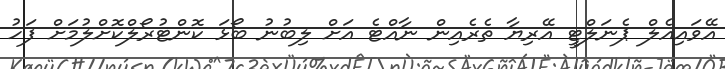
އޭވައިއެލް ޕެނަލްޓީ އޭރިޔާ ތެރެއިން ނާއްޓެ އަށް ލިބުނު ބޯޅަ ކޮންޓުރޯލްކޮށްލުމަށް ފަހު